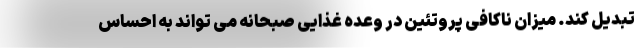
تبدیل کند. میزان ناکافی پروتئین در وعده غذایی صبحانه می تواند به احساس